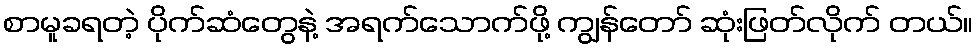
စာမူခရတဲ့ ပိုက်ဆံတွေနဲ့ အရက်သောက်ဖို့ ကျွန်တော် ဆုံးဖြတ်လိုက် တယ်။